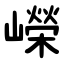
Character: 嶸